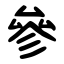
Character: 參